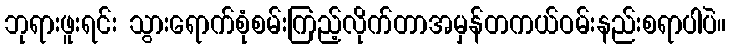
ဘုရားဖူးရင်း သွားရောက်စုံစမ်းကြည့်လိုက်တာအမှန်တကယ်ဝမ်းနည်းစရာပါပဲ။